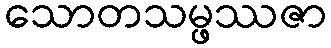
သောတသမ္ဖဿဇာ